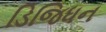
ડિજિધન